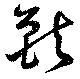
獣